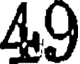
49